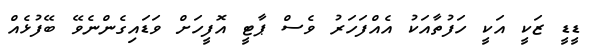
ޑީޑީ ޒަކީ އަކީ ހަފުތާއަކު އެއްފަހަރު ވެސް ޕާޓީ އޮފީހަށް ވަޑައިގެންނެވޭ ބޭފުޅެއް